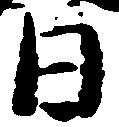
日